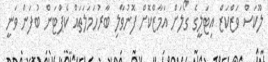
ލޫކަސް ވަޒްކަޒް އިޓަލީގެ ގޯލަށް އަމާޒްކޮށް ފޮނުވާލި ބާރުހަމަލަތައް ކެޕްޓަން ބުފަން ވަނީ